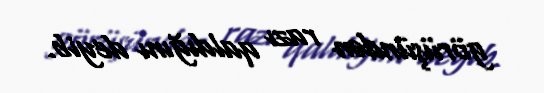
görüşündən razı qaldığını deyib.